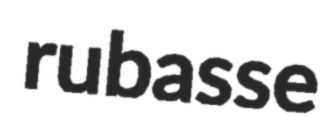
rubasse